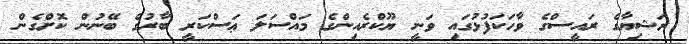
ރަޝިޔާގެ ރައީސްގެ ވާހަކަފުޅުގައި ވަނީ ޔޫކްރެއިންގެ މައްސަލަ ޢަސްކަރީ ބާރުގެ ބޭނުން ކޮށްގެން